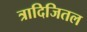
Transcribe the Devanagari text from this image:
त्रादिजितल